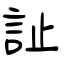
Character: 訨